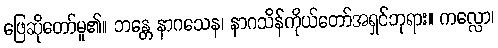
ဖြေဆိုတော်မူ၏။ ဘန္တေ နာဂသေန၊ နာဂသိန်ကိုယ်တော်အရှင်ဘုရား။ ကလ္လော၊